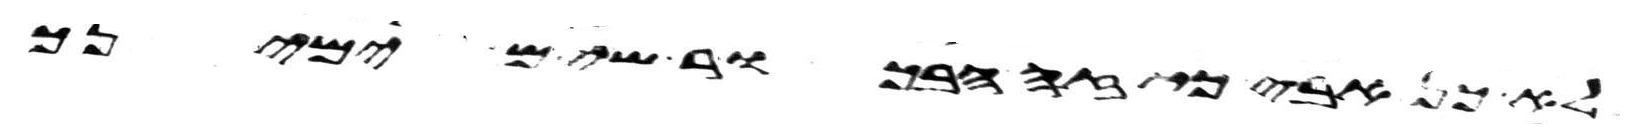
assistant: לא כן אבי כי זה הבכור שים ימינך